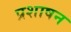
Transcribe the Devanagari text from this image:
प्रशाषन